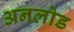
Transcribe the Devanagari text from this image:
अनलोड